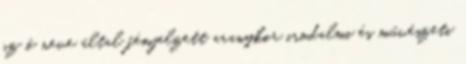
az ő neve által fémjelzett aranykor irodalmi és művészeti